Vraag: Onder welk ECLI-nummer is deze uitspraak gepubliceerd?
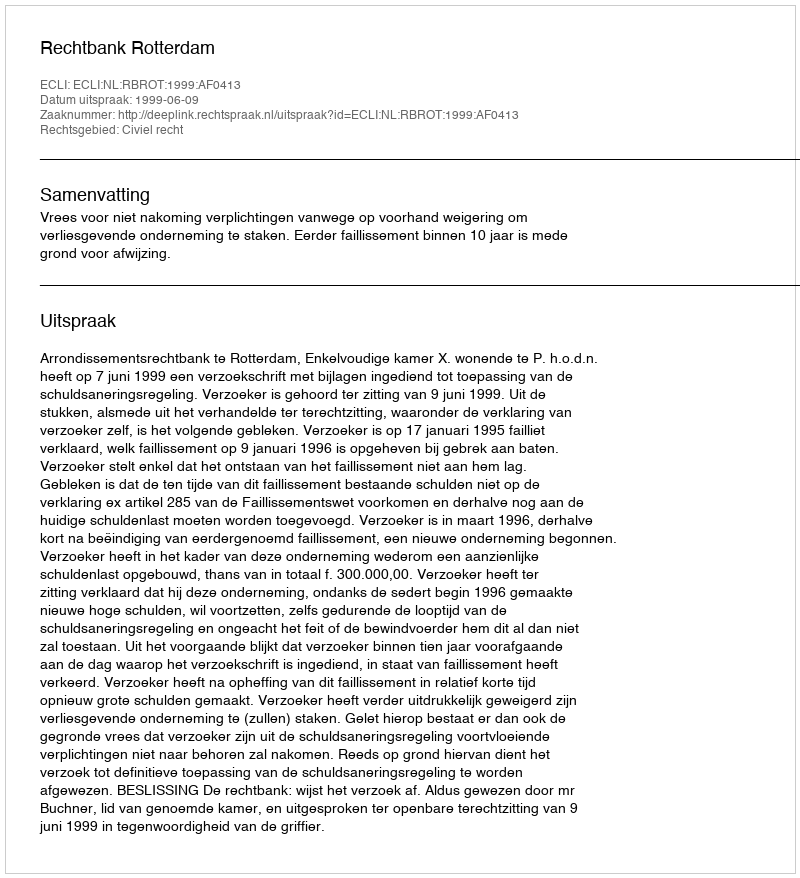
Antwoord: ECLI:NL:RBROT:1999:AF0413